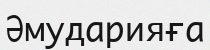
Әмударияға